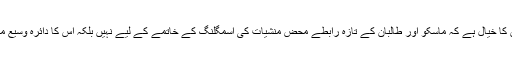
افغان امور کے ماہرین کا خیال ہے کہ ماسکو اور طالبان کے تازہ رابطے محض منشیات کی اسمگلنگ کے خاتمے کے لیے نہیں بلکہ اِس کا دائرہ وسیع محسوس کیا جا رہا ہے۔